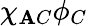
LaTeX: \chi_{\mathbf{A}C}\phi_{C}